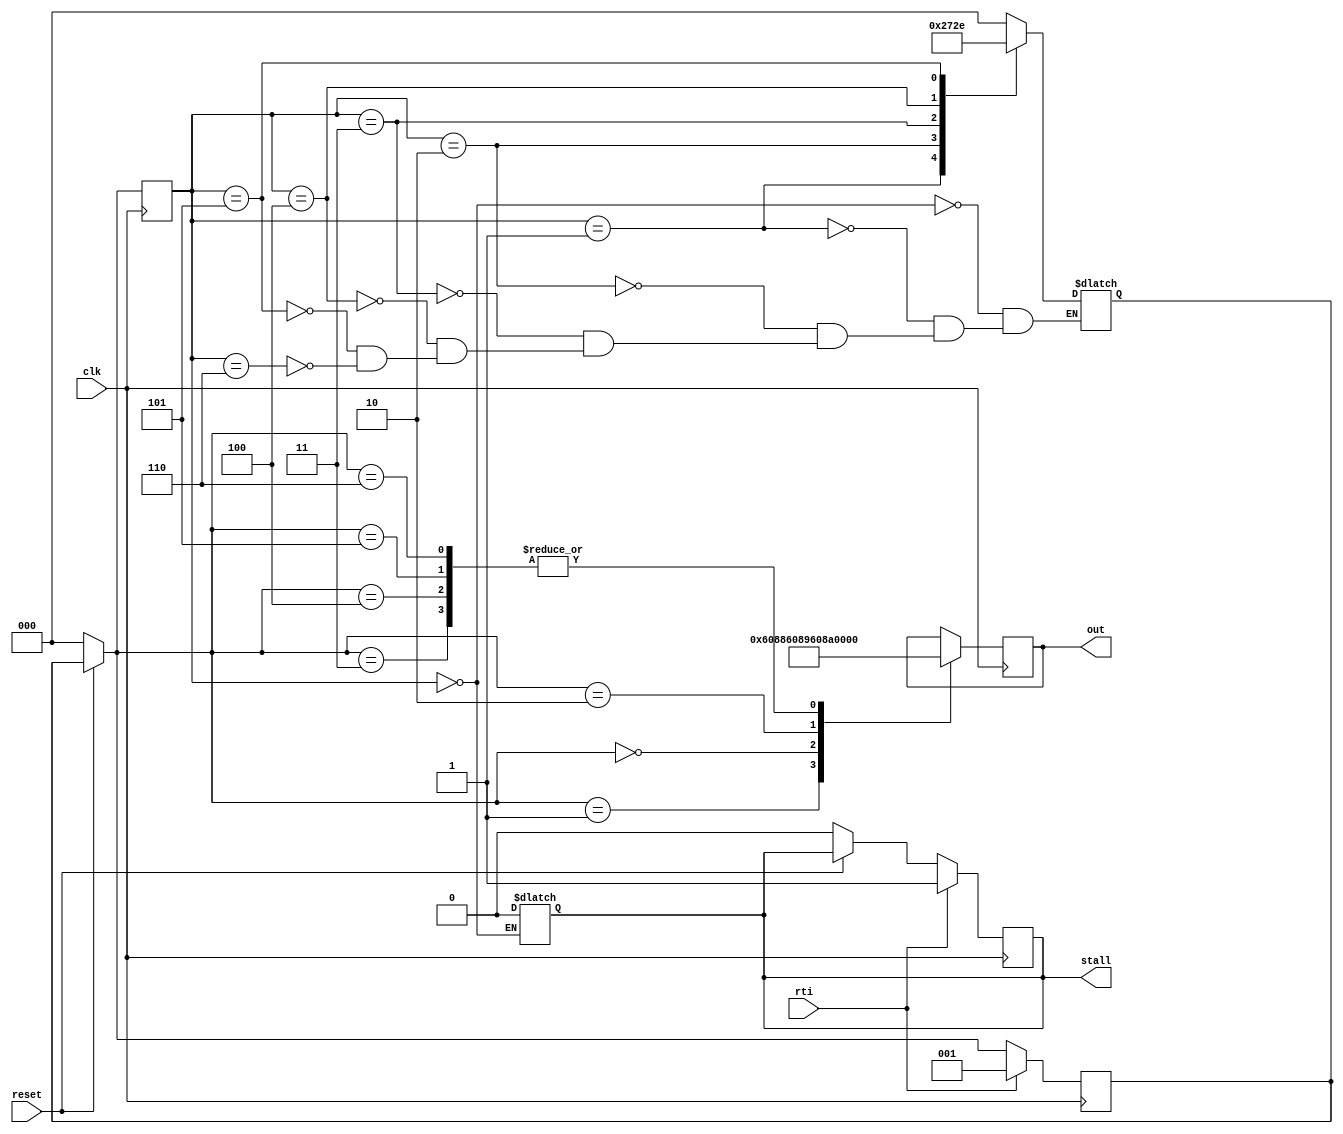
module rti_fsm(reset,rti,clk,out,stall);


parameter POP_PC_HIGH = 3'b0;
parameter POP_PC_LOW = 3'b1;
parameter POP_CCR = 3'b10;
parameter NOP_STATE_1 = 3'b11; 
parameter NOP_STATE_2 = 3'b100; 
parameter NOP_STATE_3 = 3'b101; 
parameter NOP_STATE_4 = 3'b110; 


parameter POP_PC_HIGH_OP = 16'b0110000010001001;
parameter POP_PC_LOW_OP = 16'b0110000010001000;
parameter POP_CCR_OP = 16'b0110000010001010;

input rti,clk,reset;

output reg [15:0]out;
output reg stall;


reg [2:0]current_state;
reg [2:0]next_state;


always @(posedge clk) begin
	if(!reset)begin 
		current_state = POP_PC_HIGH;
		next_state = POP_PC_HIGH;
		stall = 0;
	end
	current_state = next_state;
	if(rti) begin
		next_state = POP_PC_LOW;
		stall = 1;
	end
	case (current_state)
		POP_PC_LOW: 
			out = POP_PC_LOW_OP;
		POP_PC_HIGH:
			out = POP_PC_HIGH_OP;
		POP_CCR:
			out = POP_CCR_OP;
		NOP_STATE_1:
			out = 16'b0;
		NOP_STATE_2:
			out = 16'b0;
		NOP_STATE_3:
			out = 16'b0;
		NOP_STATE_4:
			out = 16'b0;
	endcase

end

always @(current_state)begin
	case (current_state)
		POP_PC_HIGH: begin
			next_state = POP_PC_HIGH;
			stall = 0;
		end
		POP_PC_LOW:
			next_state = POP_CCR;
		POP_CCR:
			next_state = NOP_STATE_1;
		NOP_STATE_1:
			next_state = NOP_STATE_2;
		NOP_STATE_2:
			next_state = NOP_STATE_3;
		NOP_STATE_3:
			next_state = NOP_STATE_4;
		NOP_STATE_4:
			next_state = POP_PC_HIGH;
	endcase
end

endmodule